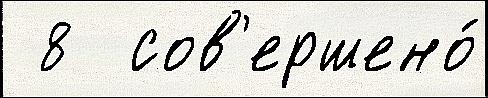
 8  сов'ершено́